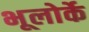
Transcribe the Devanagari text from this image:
भूलोर्के